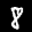
Label: 8